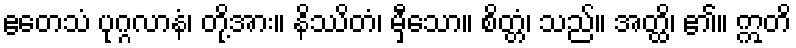
ဧတေသံ ပုဂ္ဂလာနံ၊ တို့အား။ နိဿိတံ၊ မှီသော။ စိတ္တံ၊ သည်။ အတ္ထိ၊ ၏။ ဣတိ